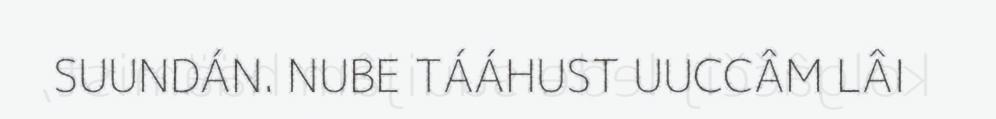
SUUNDÁN. NUBE TÁÁHUST UUCCÂM LÂI